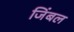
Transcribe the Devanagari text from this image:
जिंबल